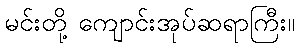
မင်းတို့ ကျောင်းအုပ်ဆရာကြီး။